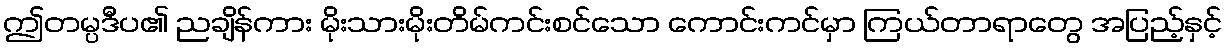
ဤတမ္ပဒီပ၏ ညချိန်ကား မိုးသားမိုးတိမ်ကင်းစင်သော ကောင်းကင်မှာ ကြယ်တာရာတွေ အပြည့်နှင့်